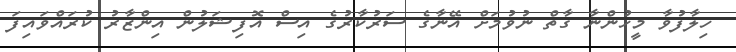
ހިލާފުވާ މީހުންނާ ގާތް ނުވުމަށް އޭނާގެ ސަރުކާރުގެ އިސް އޮފިޝަލުން އިންޒާރު ކުރައްވައިފަ